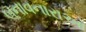
બનાવનારાઓ